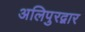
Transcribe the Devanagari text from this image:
अलिपुरद्वार